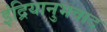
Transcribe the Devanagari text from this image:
इंद्रियानुभवाद